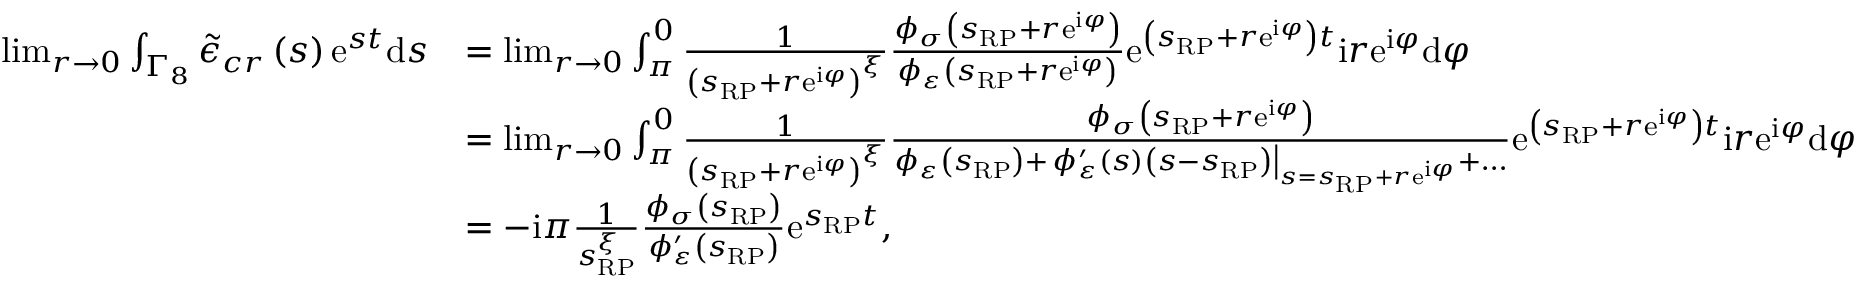
\begin{array} { r l } { \operatorname* { l i m } _ { r \rightarrow 0 } \int _ { \Gamma _ { 8 } } \tilde { \epsilon } _ { c r } \left( s \right) \mathrm { e } ^ { s t } \mathrm { d } s } & { = \operatorname* { l i m } _ { r \rightarrow 0 } \int _ { \pi } ^ { 0 } \frac { 1 } { \left( s _ { \scriptscriptstyle { \mathrm { R P } } } + r \mathrm { e } ^ { \mathrm { i } \varphi } \right) ^ { \xi } } \frac { \phi _ { \sigma } \left( s _ { \scriptscriptstyle { \mathrm { R P } } } + r \mathrm { e } ^ { \mathrm { i } \varphi } \right) } { \phi _ { \varepsilon } \left( s _ { \scriptscriptstyle { \mathrm { R P } } } + r \mathrm { e } ^ { \mathrm { i } \varphi } \right) } \mathrm { e } ^ { \left( s _ { \scriptscriptstyle { \mathrm { R P } } } + r \mathrm { e } ^ { \mathrm { i } \varphi } \right) t } \mathrm { i } r \mathrm { e } ^ { \mathrm { i } \varphi } \mathrm { d } \varphi } \\ & { = \operatorname* { l i m } _ { r \rightarrow 0 } \int _ { \pi } ^ { 0 } \frac { 1 } { \left( s _ { \scriptscriptstyle { \mathrm { R P } } } + r \mathrm { e } ^ { \mathrm { i } \varphi } \right) ^ { \xi } } \frac { \phi _ { \sigma } \left( s _ { \scriptscriptstyle { \mathrm { R P } } } + r \mathrm { e } ^ { \mathrm { i } \varphi } \right) } { \phi _ { \varepsilon } \left( s _ { \scriptscriptstyle { \mathrm { R P } } } \right) + \left. \phi _ { \varepsilon } ^ { \prime } \left( s \right) \left( s - s _ { \scriptscriptstyle { \mathrm { R P } } } \right) \right\vert _ { s = s _ { \scriptscriptstyle { \mathrm { R P } } } + r \mathrm { e } ^ { \mathrm { i } \varphi } } + \ldots } \mathrm { e } ^ { \left( s _ { \scriptscriptstyle { \mathrm { R P } } } + r \mathrm { e } ^ { \mathrm { i } \varphi } \right) t } \mathrm { i } r \mathrm { e } ^ { \mathrm { i } \varphi } \mathrm { d } \varphi } \\ & { = - \mathrm { i } \pi \frac { 1 } { s _ { \scriptscriptstyle { \mathrm { R P } } } ^ { \xi } } \frac { \phi _ { \sigma } \left( s _ { \scriptscriptstyle { \mathrm { R P } } } \right) } { \phi _ { \varepsilon } ^ { \prime } \left( s _ { \scriptscriptstyle { \mathrm { R P } } } \right) } \mathrm { e } ^ { s _ { \scriptscriptstyle { \mathrm { R P } } } t } , } \end{array}